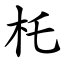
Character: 杔